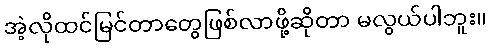
အဲ့လိုထင်မြင်တာတွေဖြစ်လာဖို့ဆိုတာ မလွယ်ပါဘူး။